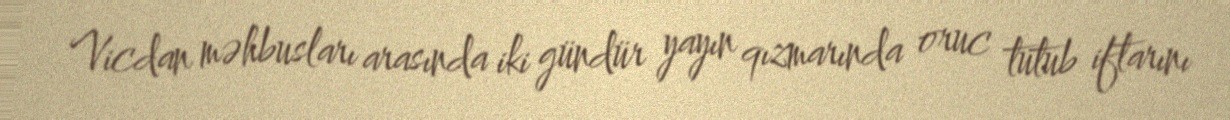
Vicdan məhbusları arasında iki gündür yayın qızmarında oruc tutub iftarını